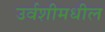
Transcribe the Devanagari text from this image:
उर्वशीमधील